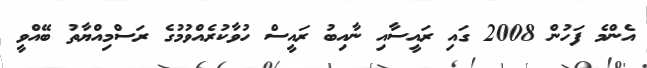
އެންމެ ފަހުން 2008 ގައި ރައީސާއި ނާއިބު ރައީސް ހުވާކުރެއްވުމުގެ ރަސްމިއްޔާތު ބޭއްވީ